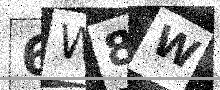
Text: 6W8W